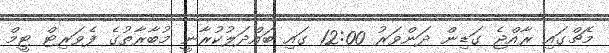
މެޗްގައި ރާއްޖެ ގަޑިން ދަންވަރު 12:00 ގައި ބައްދަލުކުރާނީ މުބާރާތުގެ ފެވަރިޓް ޓީމް